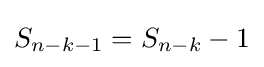
S_{n-k-1}=S_{n-k}-1